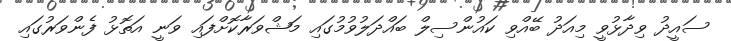
ސައީދު ވިދާޅުވީ މިއަދު ބޭއްވި ކައުންސިލް ބައްދަލުވުމުގައި މަޝްވަރާކޮށްފައި ވަނީ އަތޮޅު ފެންވަރުގައި